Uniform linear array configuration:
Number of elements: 64
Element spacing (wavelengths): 1
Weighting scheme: hamming
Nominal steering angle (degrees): -45
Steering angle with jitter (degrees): -43.978
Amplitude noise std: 0.05
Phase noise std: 0.05

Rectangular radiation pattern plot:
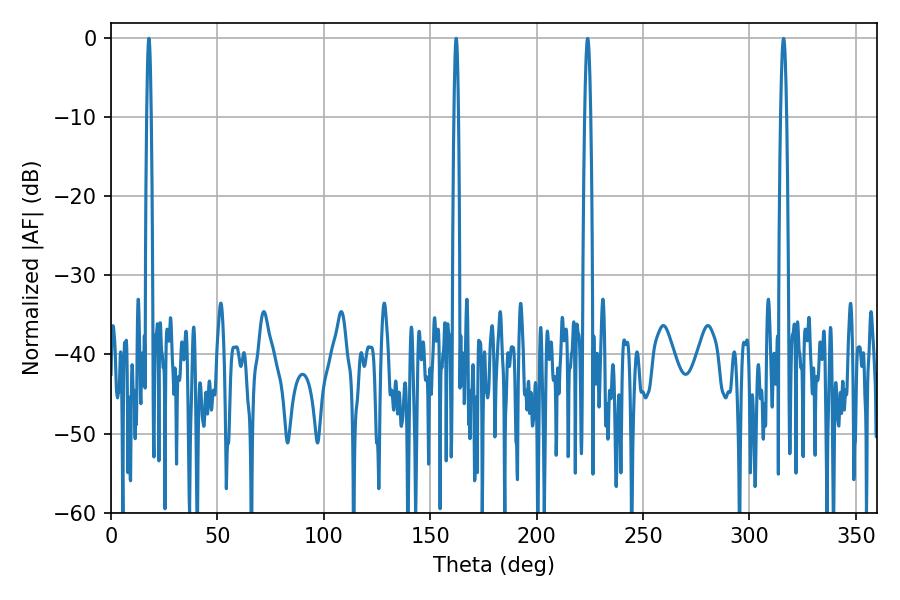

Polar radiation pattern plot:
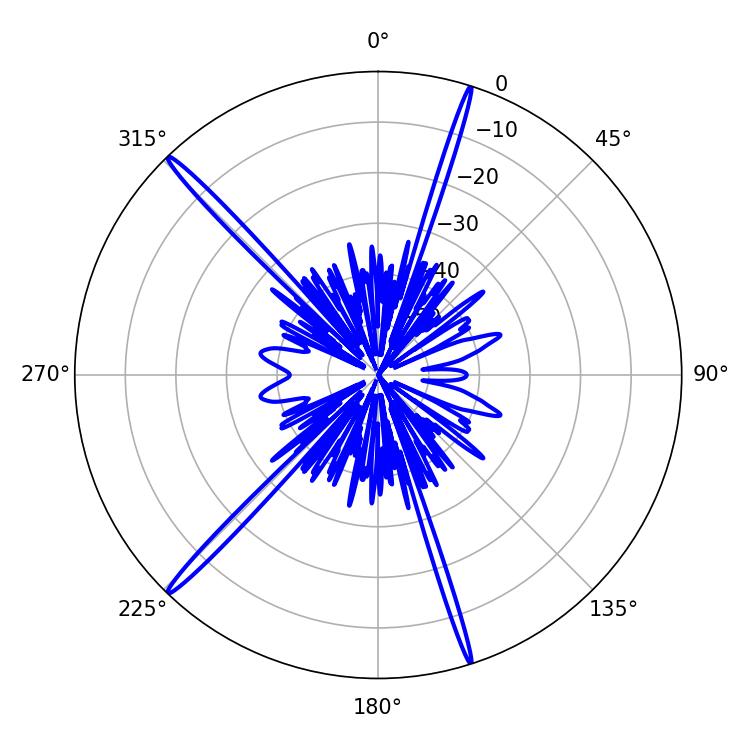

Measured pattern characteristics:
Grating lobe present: TRUE
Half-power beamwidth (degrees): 1.08
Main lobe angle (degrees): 162.18